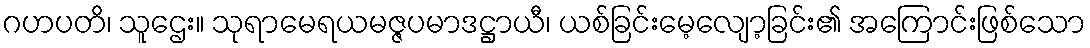
ဂဟပတိ၊ သူဌေး။ သုရာမေရယမဇ္ဇပမာဒဋ္ဌာယီ၊ ယစ်ခြင်းမေ့လျော့ခြင်း၏ အကြောင်းဖြစ်သော